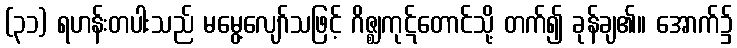
(၃၁) ရဟန်းတပါးသည် မမွေ့လျော်သဖြင့် ဂိဇ္ဈကုဋ်တောင်သို့ တက်၍ ခုန်ချ၏။ အောက်၌